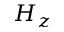
H _ { z }